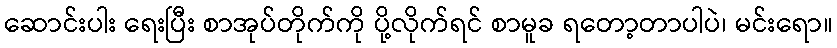
ဆောင်းပါး ရေးပြီး စာအုပ်တိုက်ကို ပို့လိုက်ရင် စာမူခ ရတော့တာပါပဲ၊ မင်းရော။